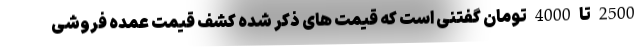
2500 تا 4000 تومان گفتنی است که قیمت های ذکر شده کشف قیمت عمده فروشی